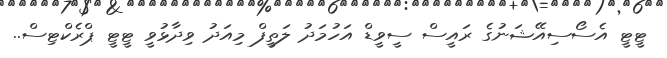
ޓީޓީ އެސޯސިއޭޝަނުގެ ރައީސް ސީވީޑް އަހުމަދު ލަތީފް މިއަދު ވިދާޅުވީ ޓީޓީ ޕްރެކްޓިސް..